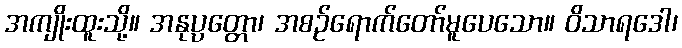
အကျိုးထူးသို့။ အနုပ္ပတ္တော၊ အစဉ်ရောက်တော်မူပေသော။ ဝိသာရဒေါ၊